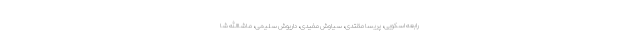
رابعه اسکویی، پریسا مقتدی، سیاوش مفیدی، داریوش سلیمی، ماشاالله شا